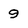
Character: 9